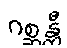
ဂစ္ဆန္တီ